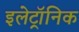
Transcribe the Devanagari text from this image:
इलेट्रॉनिक